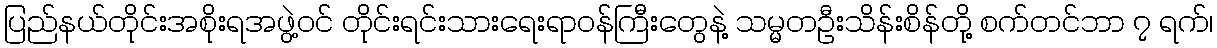
ပြည်နယ်တိုင်းအစိုးရအဖွဲ့ဝင် တိုင်းရင်းသားရေးရာဝန်ကြီးတွေနဲ့ သမ္မတဦးသိန်းစိန်တို့ စက်တင်ဘာ ၇ ရက်၊